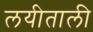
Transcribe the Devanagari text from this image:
लयीताली